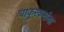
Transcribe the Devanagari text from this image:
चाकूरकरांना